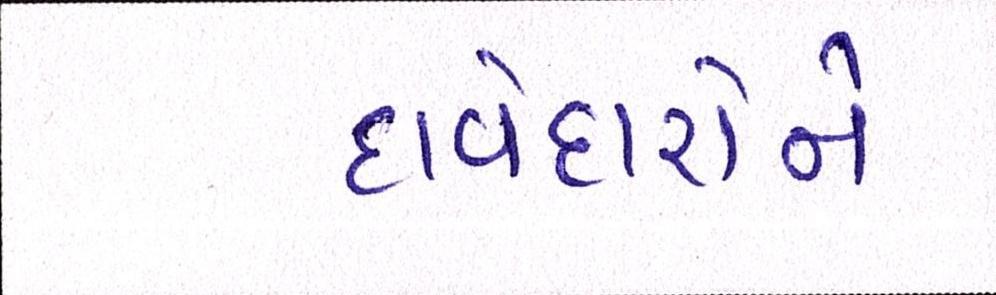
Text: દાવેદારોને